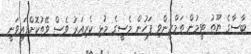
ބާސާގެ ޔޫތު ޓީމުން ތަމްރީންވި ފަހުން މެސީގެ މުޅި ކެރިއަރު ވެސް ވޭތުކޮށްފައިވަނީ